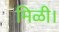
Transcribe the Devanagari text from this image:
मिळी।